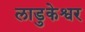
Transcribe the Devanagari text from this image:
लाडुकेश्वर